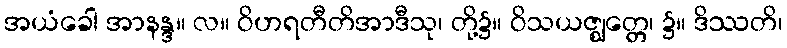
အယံခေါ အာနန္ဒ။ လ။ ဝိဟရတီတိအာဒီသု၊ တို့၌။ ဝိသယဇ္ဈတ္တေ၊ ၌။ ဒိဿတိ၊